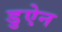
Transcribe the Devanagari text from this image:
डुऐन